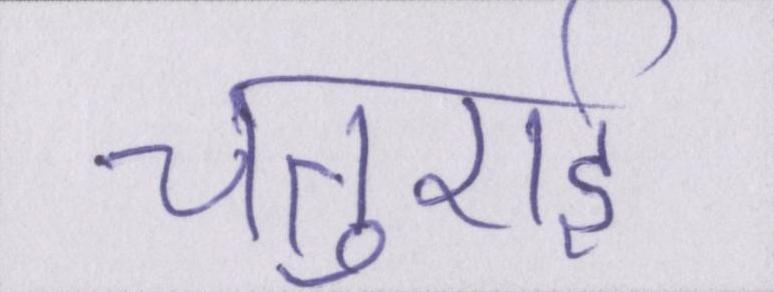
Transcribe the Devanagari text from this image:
चतुराई